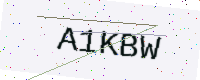
Text: A1KBW